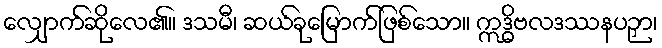
လျှောက်ဆိုလေ၏။ ဒသမီ၊ ဆယ်ခုမြောက်ဖြစ်သော။ ဣဒ္ဓိဗလဒဿနပဉှာ၊